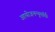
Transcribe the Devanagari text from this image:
आयोजनन्यूयॉर्क